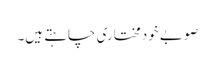
صوبے خودمختاری چاہتے ہیں۔